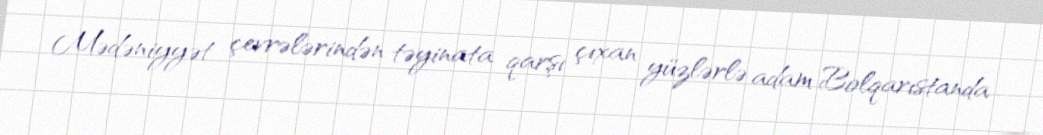
Mədəniyyət çevrələrindən təyinata qarşı çıxan yüzlərlə adam Bolqarıstanda